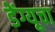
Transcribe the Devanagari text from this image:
डेंग्यूचा